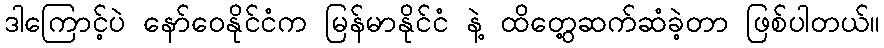
ဒါကြောင့်ပဲ နော်ဝေနိုင်ငံက မြန်မာနိုင်ငံ နဲ့ ထိတွေ့ဆက်ဆံခဲ့တာ ဖြစ်ပါတယ်။